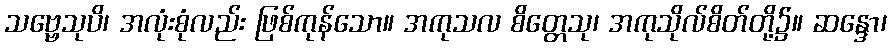
သဗ္ဗေသုပိ၊ အလုံးစုံလည်း ဖြစ်ကုန်သော။ အကုသလ စိတ္တေသု၊ အကုသိုလ်စိတ်တို့၌။ ဆန္ဒော၊